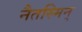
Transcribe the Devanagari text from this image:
नैतस्मिन्